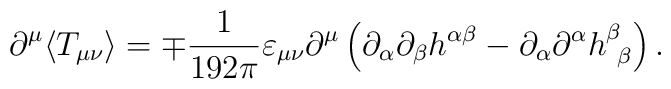
\partial^{\mu}\langle T_{\mu\nu} \rangle = \mp \frac{1}{192\pi} \varepsilon_{\mu\nu} \partial^{\mu} \left( \partial_{\alpha}\partial_{\beta} h^{\alpha\beta} - \partial_{\alpha}\partial^{\alpha}h^{\beta}_{\ \beta}\right).